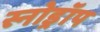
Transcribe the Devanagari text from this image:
स्नोड्रॉप